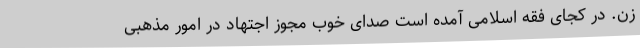
زن. در کجای فقه اسلامی آمده است صدای خوب مجوز اجتهاد در امور مذهبی